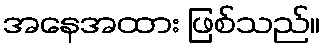
အနေအထား ဖြစ်သည်။